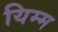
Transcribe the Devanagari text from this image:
यिम्म